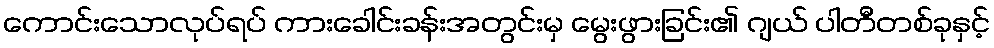
ကောင်းသောလုပ်ရပ် ကားခေါင်းခန်းအတွင်းမှ မွေးဖွားခြင်း၏ ဂျယ် ပါတီတစ်ခုနှင့်